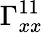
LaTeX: \Gamma_{xx}^{11}